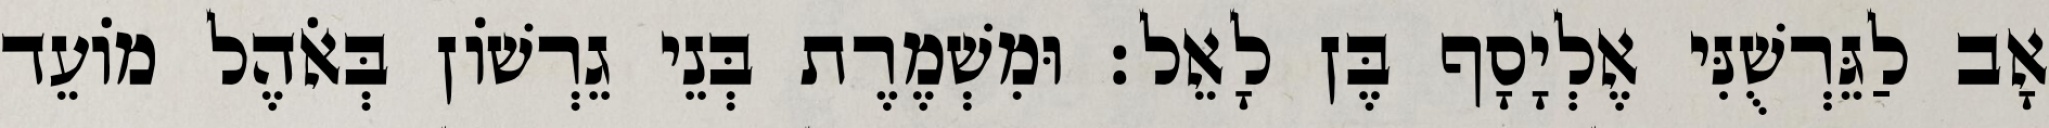
אָב לַגֵּרְשֻׁנִּי אֶלְיָסָף בֶּן לָאֵל׃ וּמִשְׁמֶרֶת בְּנֵי גֵרְשׁוֹן בְּאֹהֶל מוֹעֵד